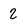
Character: 2